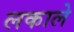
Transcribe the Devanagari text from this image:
लकाले